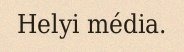
Helyi média.